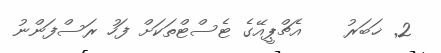
2